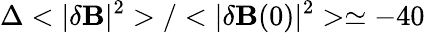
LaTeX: \Delta<|\delta{\mathbf B}|^{2}>/<|\delta{\mathbf B}(0)|^{2}>\simeq-40\